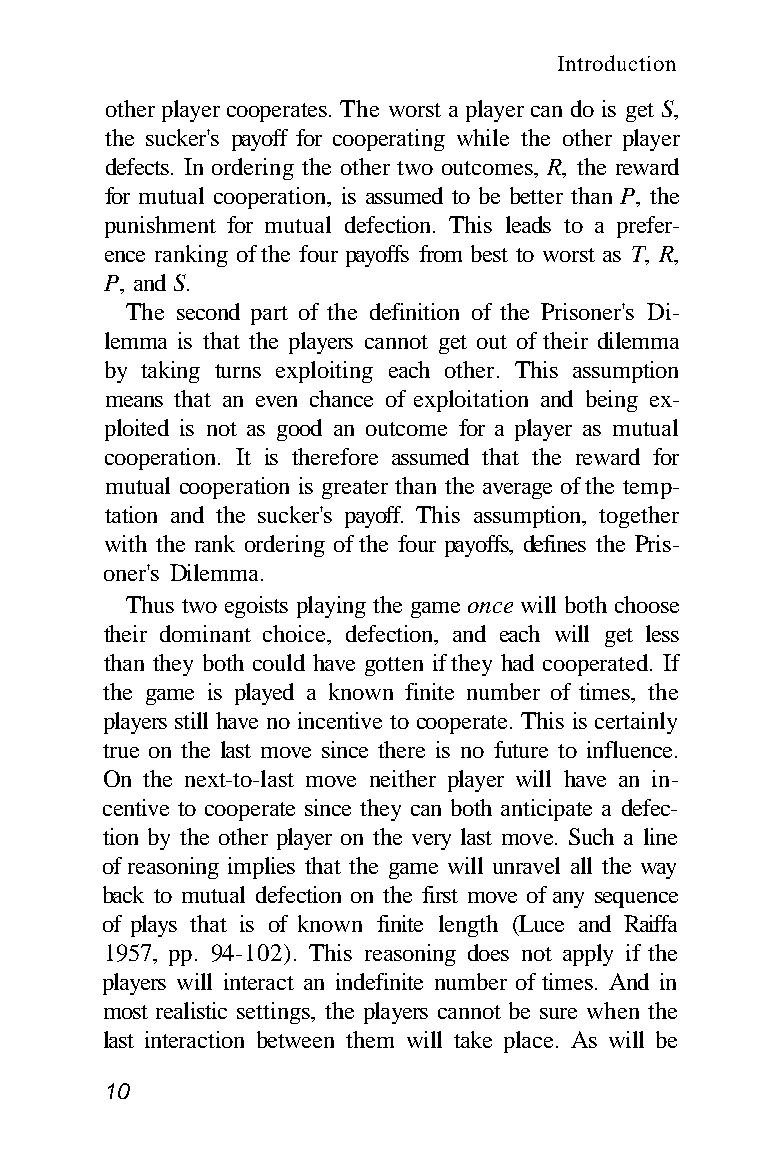
Introduction
 other player cooperates. The worst a player can do is get S,
 the sucker's payoff for cooperating while the other player
 defects. In ordering the other two outcomes, R, the reward
 for mutual cooperation, is assumed to be better than P, the
 punishment for mutual defection. This leads to a prefer-
 ence ranking of the four payoffs from best to worst as T, R,
 P, and S.
 The second part of the definition of the Prisoner's Di-
 lemma is that the players cannot get out of their dilemma
 by taking turns exploiting each other. This assumption
 means that an even chance of exploitation and being ex-
 ploited is not as good an outcome for a player as mutual
 cooperation. It is therefore assumed that the reward for
 mutual cooperation is greater than the average of the temp-
 tation and the sucker's payoff. This assumption, together
 with the rank ordering of the four payoffs, defines the Pris-
 oner's Dilemma.
 Thus two egoists playing the game once will both choose
 their dominant choice, defection, and each will get less
 than they both could have gotten if they had cooperated. If
 the game is played a known finite number of times, the
 players still have no incentive to cooperate. This is certainly
 true on the last move since there is no future to influence.
 On the next-to-last move neither player will have an in-
 centive to cooperate since they can both anticipate a defec-
 tion by the other player on the very last move. Such a line
 of reasoning implies that the game will unravel all the way
 back to mutual defection on the first move of any sequence
 of plays that is of known finite length (Luce and Raiffa
 1957, pp. 94-102). This reasoning does not apply if the
 players will interact an indefinite number of times. And in
 most realistic settings, the players cannot be sure when the
 last interaction between them will take place. As will be
 10